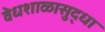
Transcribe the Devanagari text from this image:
वेधशाळासुद्धा